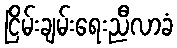
ငြိမ်းချမ်းရေးညီလာခံ